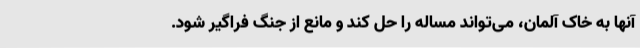
آنها به خاک آلمان، می‌تواند مساله را حل کند و مانع از جنگ فراگیر شود.